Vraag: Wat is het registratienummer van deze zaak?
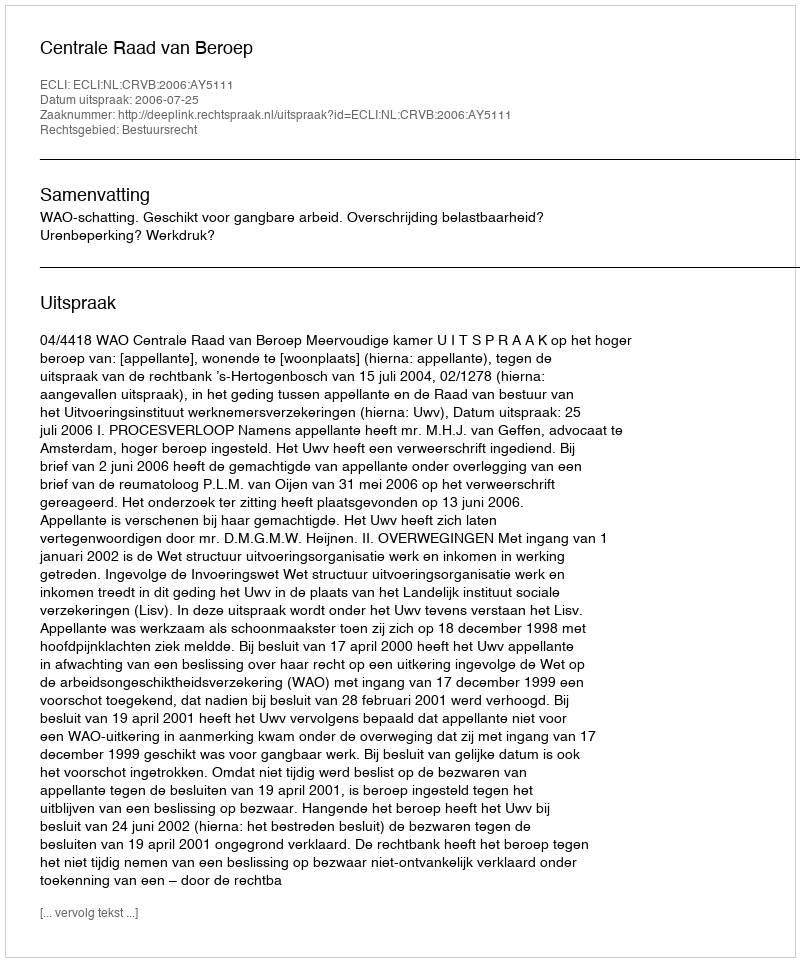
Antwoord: http://deeplink.rechtspraak.nl/uitspraak?id=ECLI:NL:CRVB:2006:AY5111